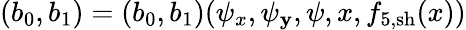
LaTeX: (b_{0},b_{1})=(b_{0},b_{1})(\psi_{x},\psi_{\mathbf{y}},\psi,x,f_{5,\mathrm{{sh}}}(x))